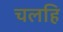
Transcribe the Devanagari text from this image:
चलहि